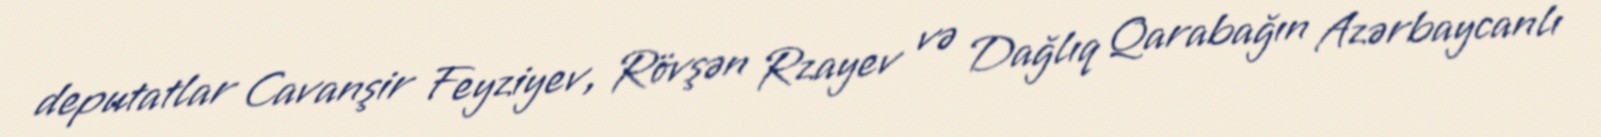
deputatlar Cavanşir Feyziyev, Rövşən Rzayev və Dağlıq Qarabağın Azərbaycanlı